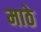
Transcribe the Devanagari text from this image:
माठे